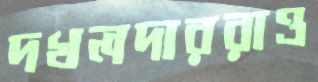
দখলদাররাও